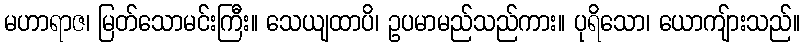
မဟာရာဇ၊ မြတ်သောမင်းကြီး။ သေယျထာပိ၊ ဥပမာမည်သည်ကား။ ပုရိသော၊ ယောကျ်ားသည်။